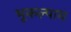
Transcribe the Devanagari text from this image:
भूकल्पाय